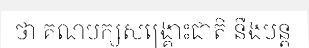
ថា គណបក្សសង្គ្រោះជាតិ នឹងបន្ត